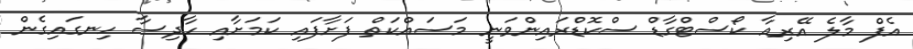
އެފް މާލެ އޭރިއާ ކޯސްޓްގާޑް ސްކޮޑްރައިންވަނީ މަސައްކަތް ފަށާފައި ކަމަށާއި ހާދިސާ ހިނގައިގެން